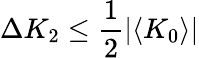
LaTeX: \Delta K_{2}\leq\frac{1}{2}\vert\langle K_{0}\rangle\vert